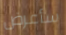
سأعرض